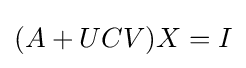
(A+UCV)X=I